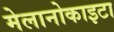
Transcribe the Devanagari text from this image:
मेलानोकाइटा